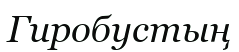
Гиробустың